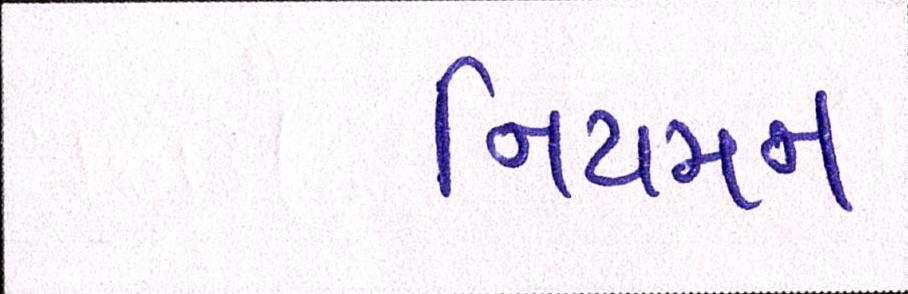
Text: નિયમન